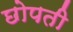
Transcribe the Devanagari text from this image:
छोपती